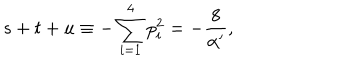
LaTeX: s + t + u \equiv - \sum _ { i = 1 } ^ { 4 } p _ { i } ^ { 2 } = - \frac { 8 } { \alpha ^ { \prime } } ,